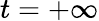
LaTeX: t=+\infty